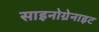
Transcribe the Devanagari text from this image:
साइनोग्रेनाइट